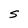
Character: S